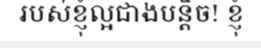
របស់ខ្ញុំល្អជាងបន្តិច! ខ្ញុំ